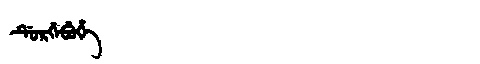
Manchu: ᡩᡠᡵᡤᡝᠪᡠᡥᡝ
Romanization: DURGEBUHE